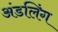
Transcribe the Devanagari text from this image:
अंडलिंग